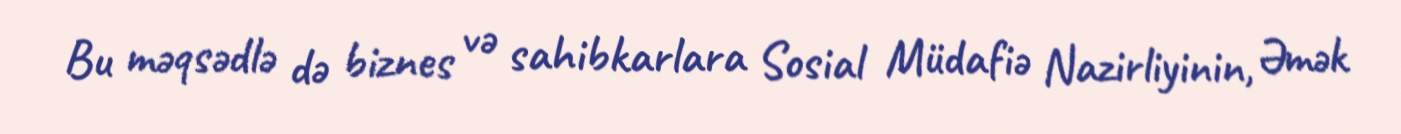
Bu məqsədlə də biznes və sahibkarlara Sosial Müdafiə Nazirliyinin, Əmək